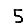
Digit: 5